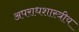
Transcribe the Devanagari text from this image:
अपराधशास्त्रीय